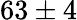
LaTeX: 63\pm 4